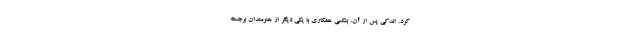
کرد. اندکی پس از آن، بنکسی همکاری با یکی دیگر از هنرمندان برجسته